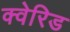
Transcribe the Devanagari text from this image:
क्वेरिड